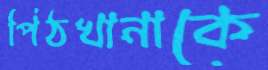
পিঠখানাকে